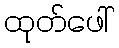
ထုတ်ဖေါ်